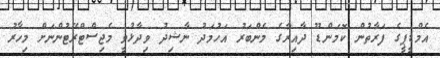
އެމްޑީޕީގެ ފަރާތުން ކޮމަންޑޫ ދާއިރާގެ މެންބަރު އަހުމަދު ނާޝިދު ވިދާޅުވީ މެޖިސްޓްރޭޓުންނަށް މިހާރު